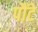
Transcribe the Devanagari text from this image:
पौंटे